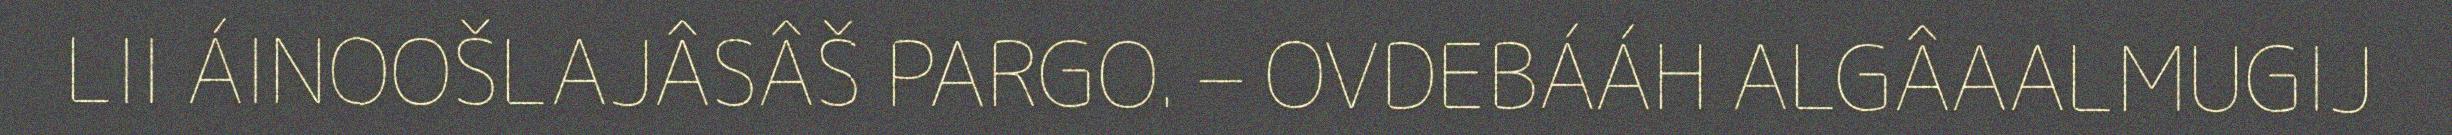
LII ÁINOOŠLAJÂSÂŠ PARGO. – OVDEBÁÁH ALGÂAALMUGIJ